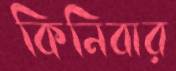
কিনিবার